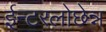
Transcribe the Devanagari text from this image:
ईन्टरलोछेन्न